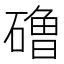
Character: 𰧞